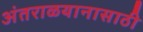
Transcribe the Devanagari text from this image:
अंतराळयानासाठी